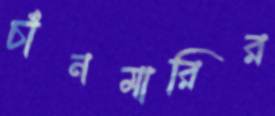
চাঁনমারির